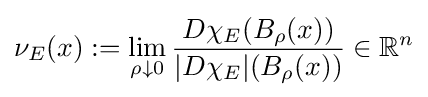
\nu _{E}(x):=\lim _{\rho \downarrow 0}{\frac {D\chi _{E}(B_{\rho }(x))}{|D\chi _{E}|(B_{\rho }(x))}}\in \mathbb {R} ^{n}